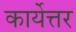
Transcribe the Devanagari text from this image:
कार्येत्तर